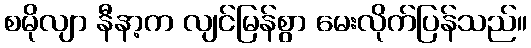
စမိုလျာ နီနာ့က လျင်မြန်စွာ မေးလိုက်ပြန်သည်။